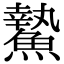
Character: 䲀